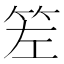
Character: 𥬢